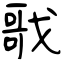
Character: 戨